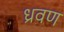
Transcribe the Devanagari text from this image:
ध्रवण